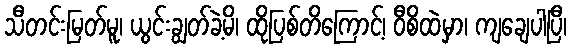
သီတင်းမြတ်မူ၊ ယွင်းချွတ်ခဲ့မိ၊ ထိုပြစ်တိကြောင့်၊ ဝီစိထဲမှာ၊ ကျချေပါပြီ၊